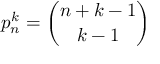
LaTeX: p _ { n } ^ { k } = { \binom { n + k - 1 } { k - 1 } }